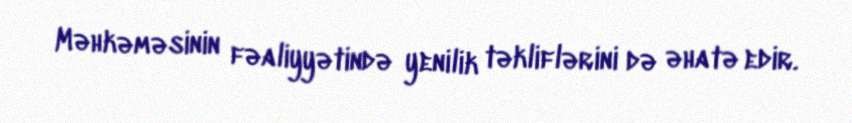
Məhkəməsinin fəaliyyətində yenilik təkliflərini də əhatə edir.